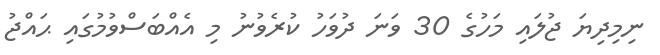
ނިމިދިޔަ ޖުލައި މަހުގެ 30 ވަނަ ދުވަހު ކުރެވުނު މި އެއްބަސްވުމުގައި ޙައްޖު